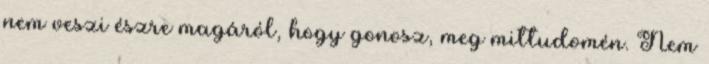
nem veszi észre magáról, hogy gonosz, meg mittudomén. Nem